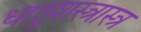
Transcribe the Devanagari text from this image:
धातुशस्त्रास्त्र